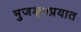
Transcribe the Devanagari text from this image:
भुजङ्गप्रयात